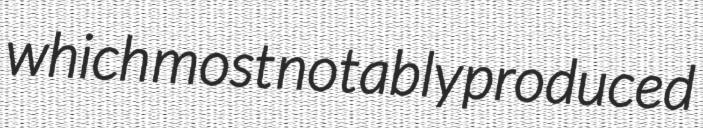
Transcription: which most notably produced